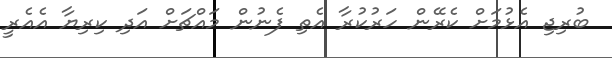
ބުރިޖި އެޅުމަށް ކެރޭން ހަރުކުރާ އެތި ފެނުން މައްޗަށް އަދި ކިރިޔާ އެއެރީ